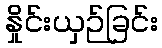
နှိုင်းယှဉ်ခြင်း